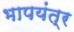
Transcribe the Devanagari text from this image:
भापयंत्र